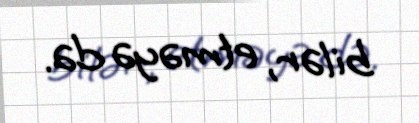
bilər, etməyə də.